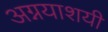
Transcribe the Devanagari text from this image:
अग्नयाशयी